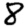
Digit: 8